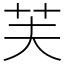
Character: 芙